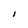
Character: I